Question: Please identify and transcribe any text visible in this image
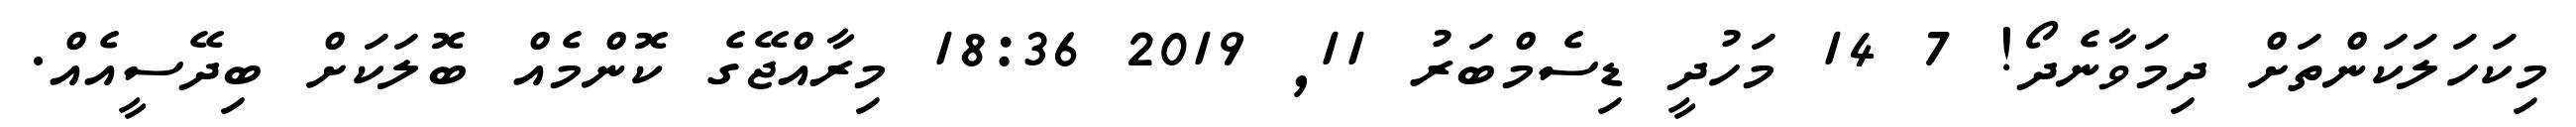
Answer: މިކަހަލަކަންތަށް ދިމަވާނެދޯ! 7 14 މަހުދީ ޑިސެމްބަރު 11, 2019 18:36 މިރާއްޖޭގެ ކޮންމެއް ބޮލަކަށް ބިދޭސީއެއް.